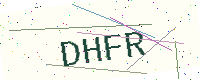
Text: DHFR